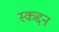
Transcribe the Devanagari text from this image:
स्कद्दन